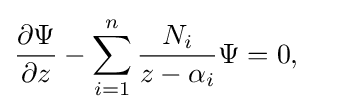
{\partial \Psi  \over \partial z}-\sum _{i=1}^{n}{N_{i} \over z-\alpha _{i}}\Psi =0,\quad